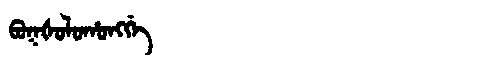
Manchu: ᠪᠣᡴᡧᠣᠯᠣᡥᠣᠩᡤᡝ
Romanization: BOKŠOLOHONGGE